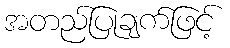
အတည်ပြုချက်ဖြင့်